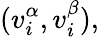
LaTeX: (v_{i}^{\alpha},v_{i}^{\beta}),